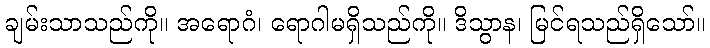
ချမ်းသာသည်ကို။ အရောဂံ၊ ရောဂါမရှိသည်ကို။ ဒိသွာန၊ မြင်ရသည်ရှိသော်။